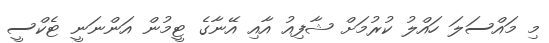
މި މައްސަލަ ހައްލު ކުރުމަށް ޝާފިއު އާއި އޭނާގެ ޓީމުން އަންނަނީ ޓެކްސީ